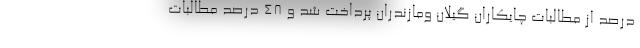
درصد از مطالبات چایکاران گیلان ومازندران پرداخت شد و ۴۸ درصد مطالبات